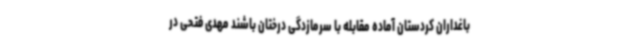
باغداران کردستان آماده مقابله با سرمازدگی درختان باشند مهدی فتحی در